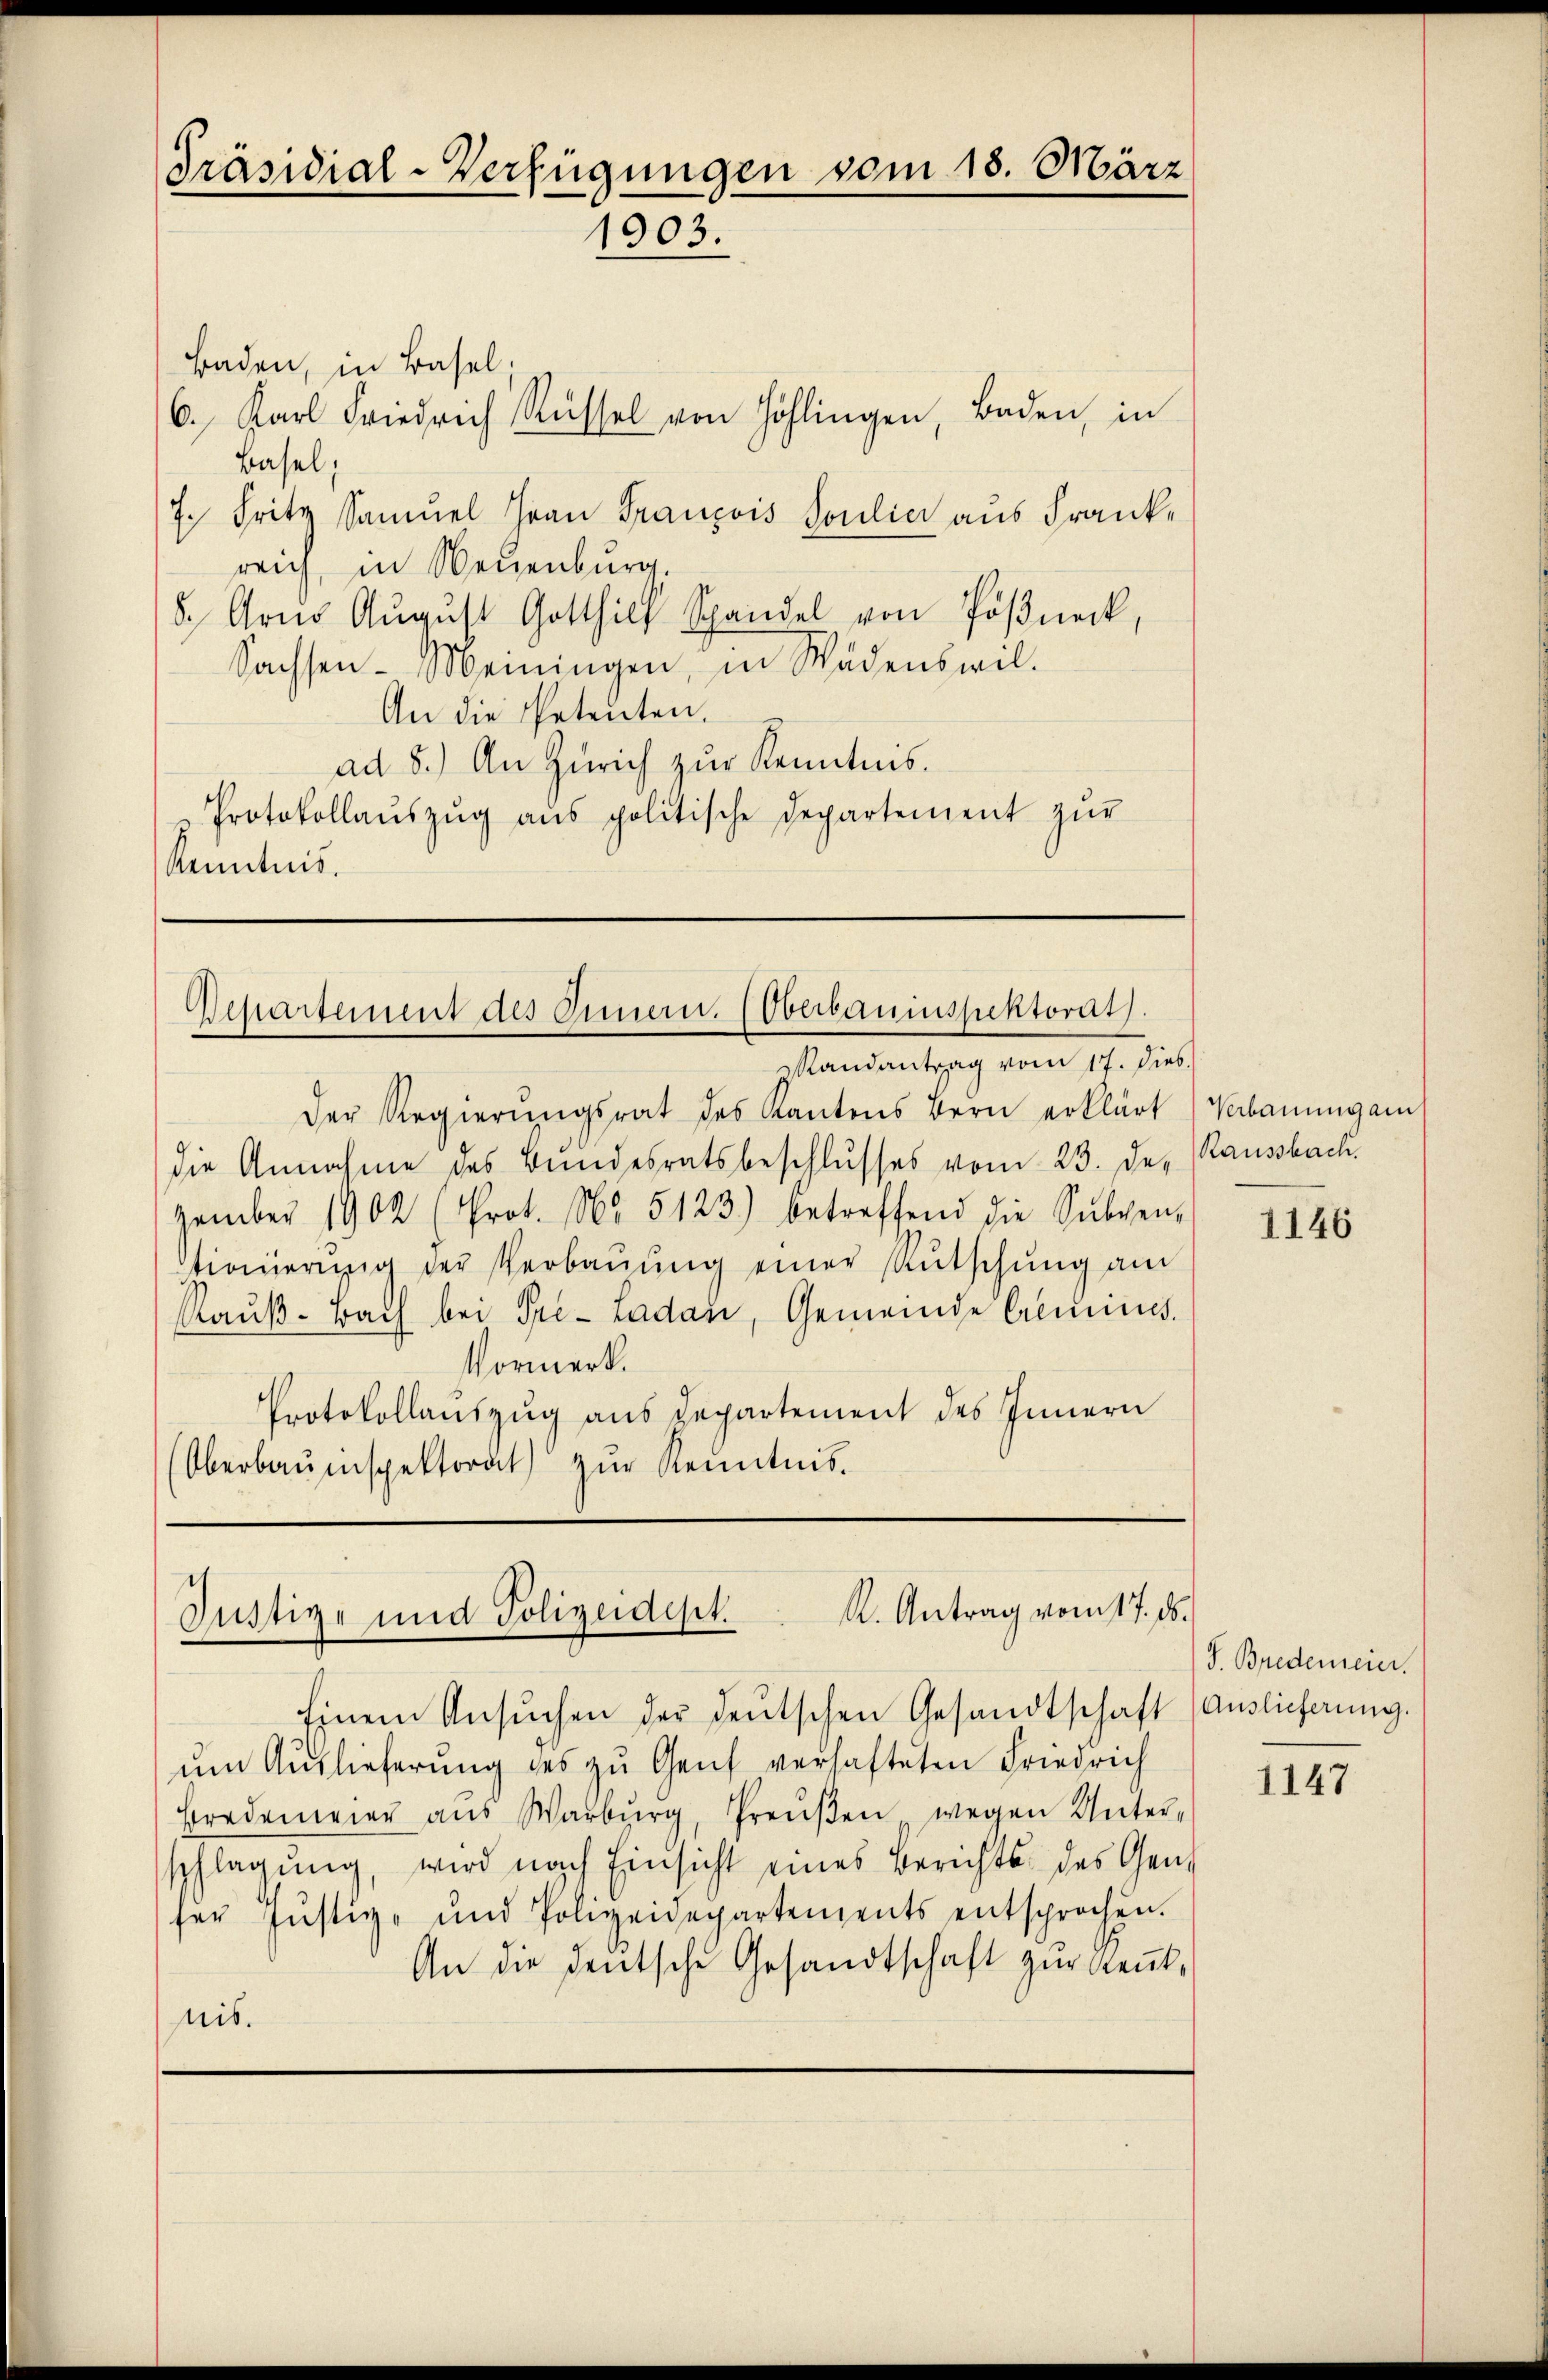
Präsidial-Verfügungen vom 18. März
1903.

Baden, in Basel,
6. Karl Friedrich Rüssel von Höhlingen, Baden, in
Basel,
7. Fritz Samuel Frau François Soulie aus Franke
reich, in Neuenburg.
5., Arno August Gotthilf Spandel von Pöβneck,
Sachsen-Meiningen, in Wädenswil¬
An die Petenten.
ad 8.) An Zürich zur Kenntnis.
Protokollaŭszŭg aŭs politische Departement zŭr
Kenntnis.

Departement des Innern. Oberbauinspektorat.
Randantrag vom 17. dies

der Regierŭngsrat des Kantons Bern erklärt Verbauungar
die Annahme des Bundesratsbeschlusses vom 23. Der Raussbach.
zember 1902 (Prot. No. 5123) betreffend die Sŭbven-
tionierŭng der Verbaŭŭng einer Rŭtschŭng am
Raŭβ-Bach bei Pre-Ladau, Gemeinde Cremines.
Vormerk.
Protokollauszug aus Repartement des Innern
Oberbauinspektorat zŭr Kenntnis.

.
Justiz- und Polizeidept. K. Antrag vom 17. ds.
Einem Ansŭchen der deutschen Gesandtschaft (Auslieferung.

um Auslieferung des zu Genf verhafteten Friedrich
Fredemeier aus Warburg, Preŭβen wegen Unter- II47
schlagung, wird nach Einsicht eines Berichts des Gend
fer Justiz- und Polizeidepartements entsprochen.
An die deutsche Gesandtschaft zur Reutnis.

1146

J. Bredemeier.